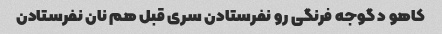
کاهو د گوجه فرنگی رو نفرستادن سری قبل هم نان نفرستادن